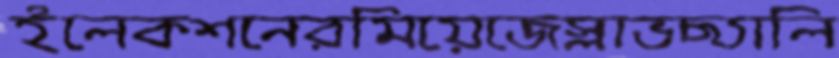
ইলেকশনেরমিয়েজেস্লাভছ্যালি